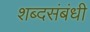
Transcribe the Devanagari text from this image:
शब्दसंबंधी